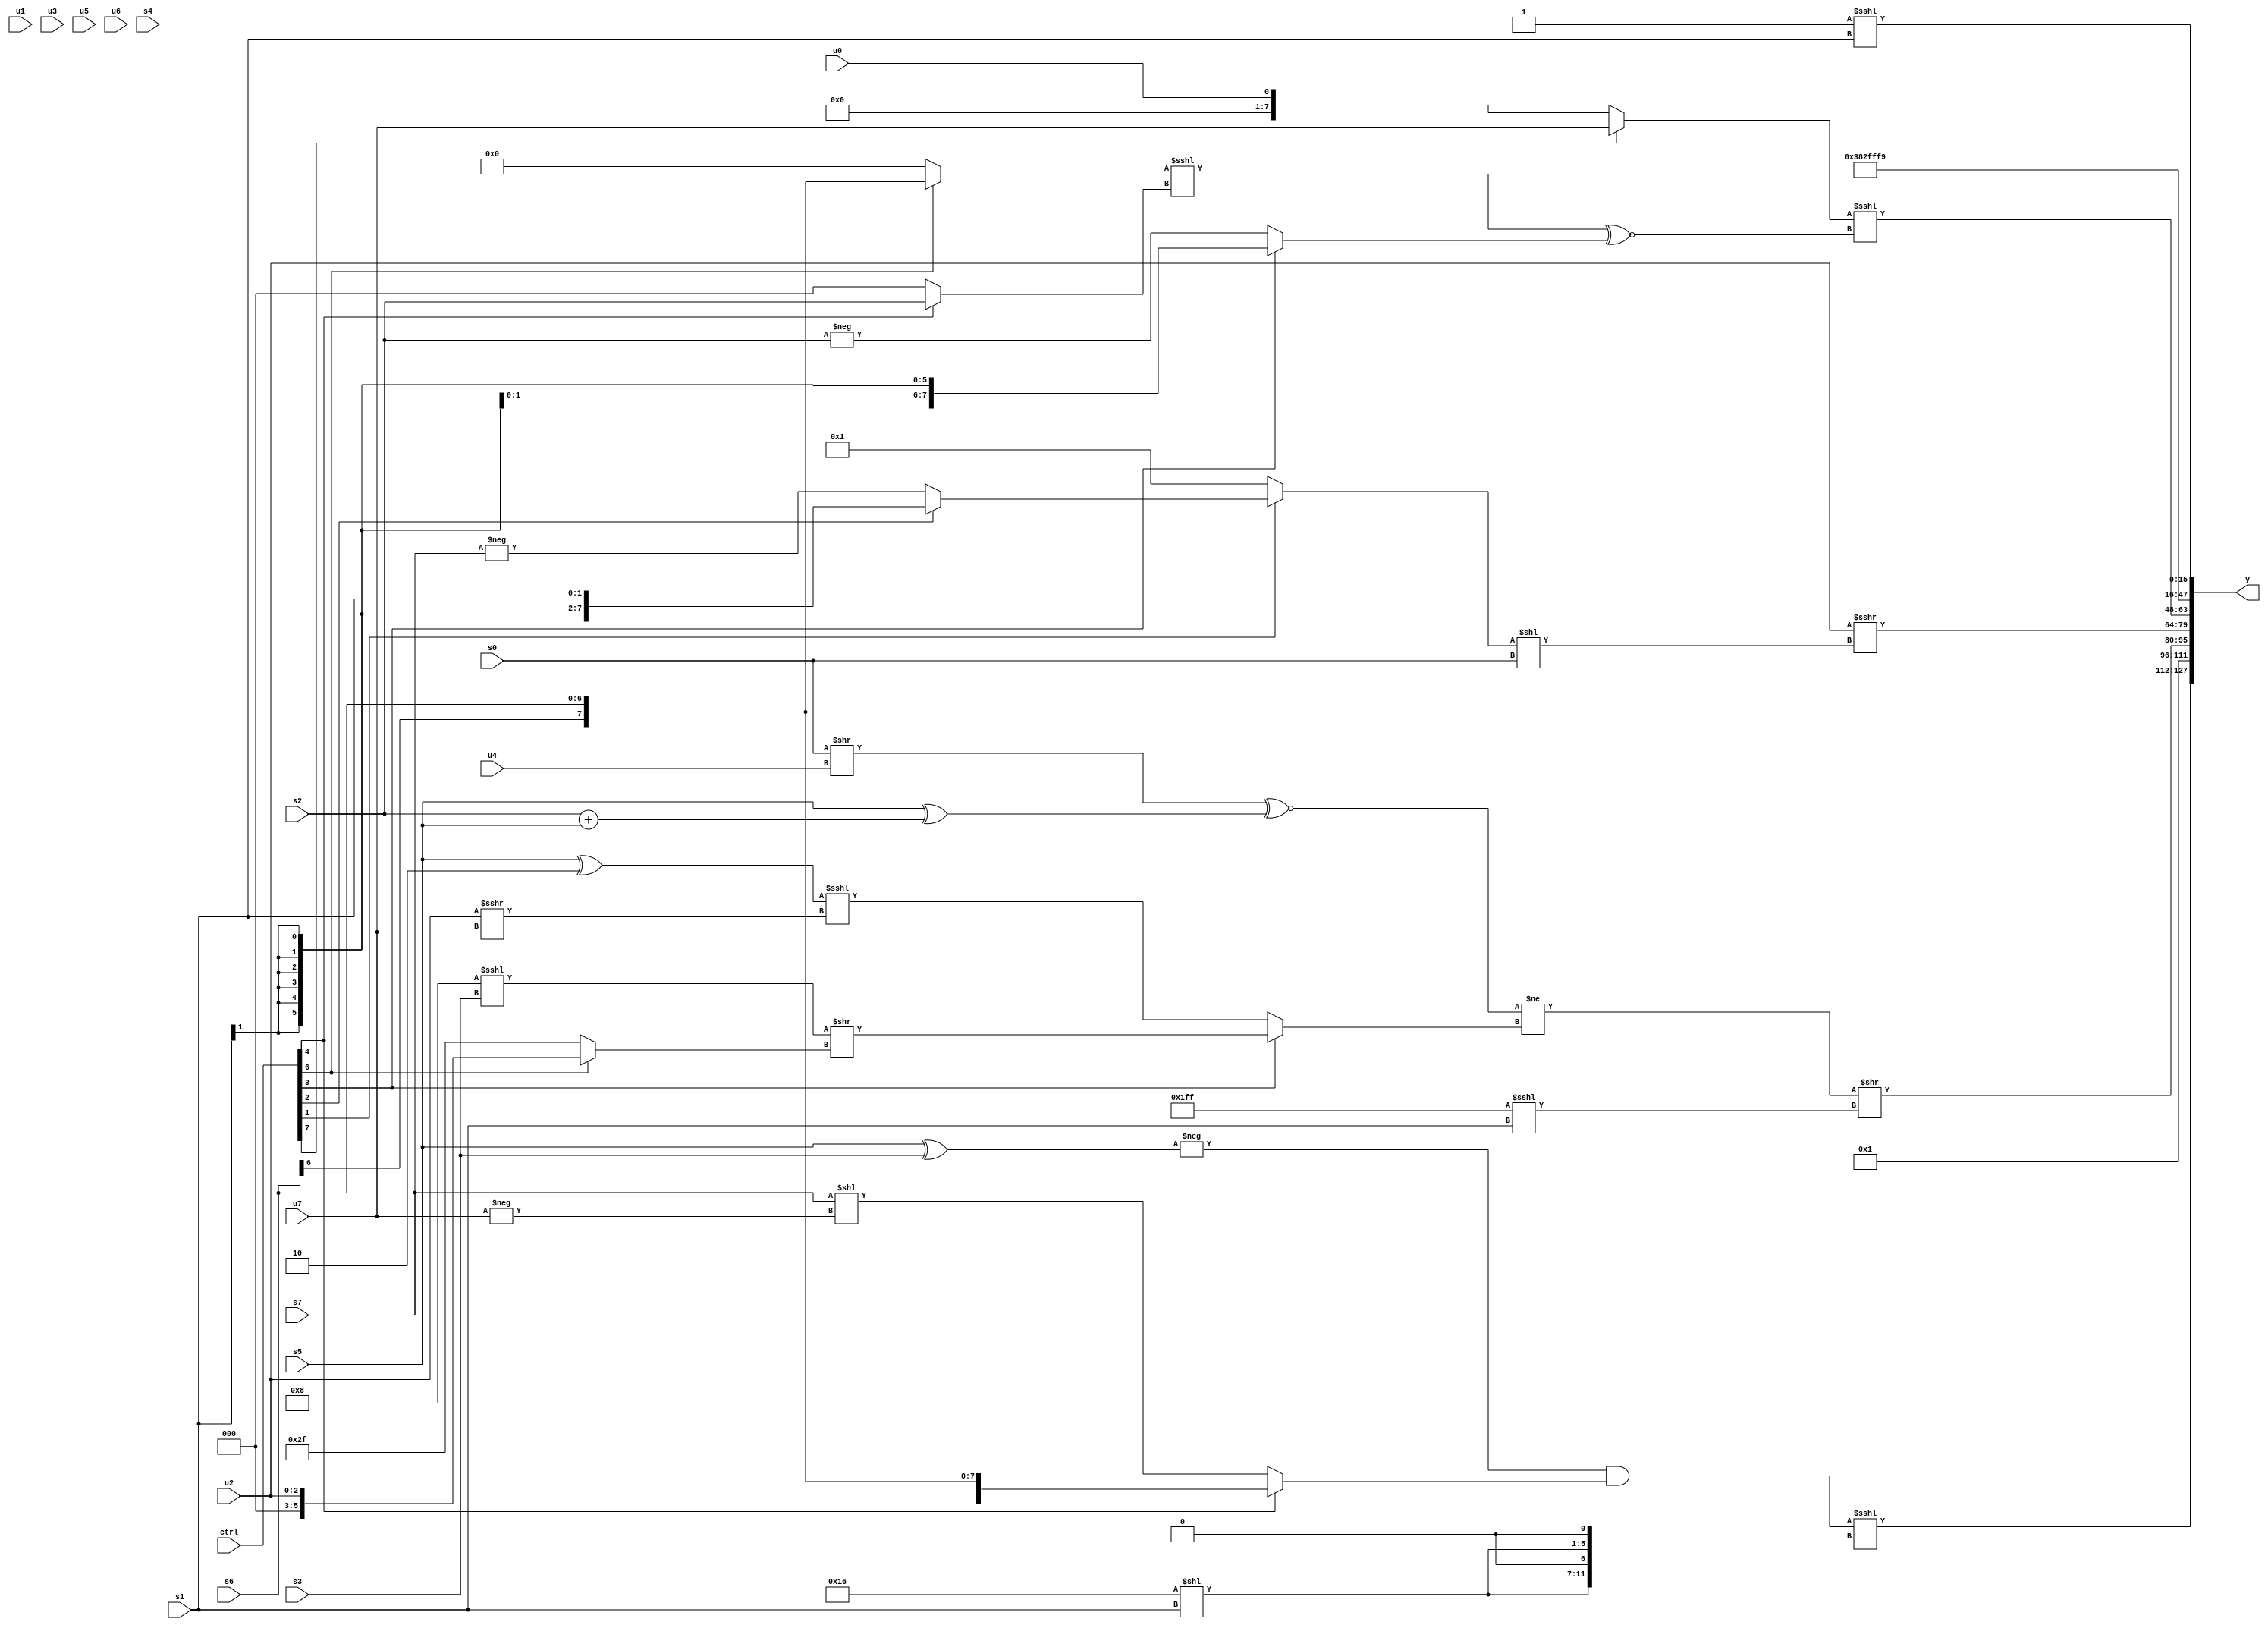
module wideexpr_00195(ctrl, u0, u1, u2, u3, u4, u5, u6, u7, s0, s1, s2, s3, s4, s5, s6, s7, y);
  input [7:0] ctrl;
  input [0:0] u0;
  input [1:0] u1;
  input [2:0] u2;
  input [3:0] u3;
  input [4:0] u4;
  input [5:0] u5;
  input [6:0] u6;
  input [7:0] u7;
  input signed [0:0] s0;
  input signed [1:0] s1;
  input signed [2:0] s2;
  input signed [3:0] s3;
  input signed [4:0] s4;
  input signed [5:0] s5;
  input signed [6:0] s6;
  input signed [7:0] s7;
  output [127:0] y;
  wire [15:0] y0;
  wire [15:0] y1;
  wire [15:0] y2;
  wire [15:0] y3;
  wire [15:0] y4;
  wire [15:0] y5;
  wire [15:0] y6;
  wire [15:0] y7;
  assign y = {y0,y1,y2,y3,y4,y5,y6,y7};
  assign y0 = (($signed(-((s5)^(s3))))&((ctrl[4]?s6:(s7)<<(-(u7)))))<<<($signed({2{((6'sb110110)<<(s1))<<(2'sb01)}}));
  assign y1 = +(-(5'sb11111));
  assign y2 = ((((s0)>>(u4))^~(($signed(s5))^((s2)+(s5))))!=((ctrl[3]?((6'sb001000)<<<(s3))>>((ctrl[6]?u2:6'b101111)):((s5)^(4'sb1110))<<<((u2)>>>(u7)))))>>((~($unsigned({3{3'sb000}})))<<<(s1));
  assign y3 = (u2)>>>($unsigned($signed(((ctrl[1]?(ctrl[2]?+(s1):-(s7)):2'sb01))<<($unsigned(s0)))));
  assign y4 = ($unsigned(+(+((ctrl[7]?u7:u0)))))<<<((((ctrl[6]?$signed(s6):(s7)<<(6'b010000)))<<<((ctrl[4]?s2:(3'sb100)<<(5'sb11000))))^~((ctrl[3]?$signed((s1)>>>(6'sb011101)):-(s2))));
  assign y5 = $signed({&((3'sb000)^~(6'sb111000)),~(5'sb11000),(((3'sb010)<<<(3'b000))^(s4))<<($unsigned($signed(4'b1011))),2'sb10});
  assign y6 = 5'sb11001;
  assign y7 = (2'sb11)<<<(s1);
endmodule